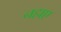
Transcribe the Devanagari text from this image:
नहाए